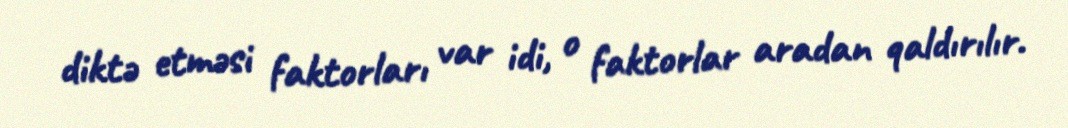
diktə etməsi faktorları var idi, o faktorlar aradan qaldırılır.